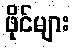
ဖိုင်များ